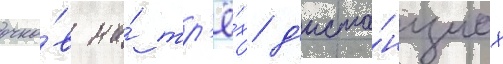
очко́в на́ тр'ё́х д'иста́нциах